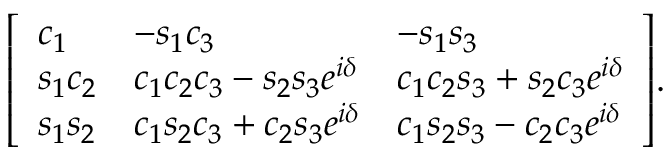
{ \left[ \begin{array} { l l l } { c _ { 1 } } & { - s _ { 1 } c _ { 3 } } & { - s _ { 1 } s _ { 3 } } \\ { s _ { 1 } c _ { 2 } } & { c _ { 1 } c _ { 2 } c _ { 3 } - s _ { 2 } s _ { 3 } e ^ { i \delta } } & { c _ { 1 } c _ { 2 } s _ { 3 } + s _ { 2 } c _ { 3 } e ^ { i \delta } } \\ { s _ { 1 } s _ { 2 } } & { c _ { 1 } s _ { 2 } c _ { 3 } + c _ { 2 } s _ { 3 } e ^ { i \delta } } & { c _ { 1 } s _ { 2 } s _ { 3 } - c _ { 2 } c _ { 3 } e ^ { i \delta } } \end{array} \right] } .